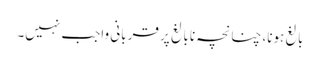
بالغ ہونا، چنانچہ نابالغ پر قربانی واجب نہیں۔